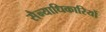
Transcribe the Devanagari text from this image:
सैन्याधिकारियों